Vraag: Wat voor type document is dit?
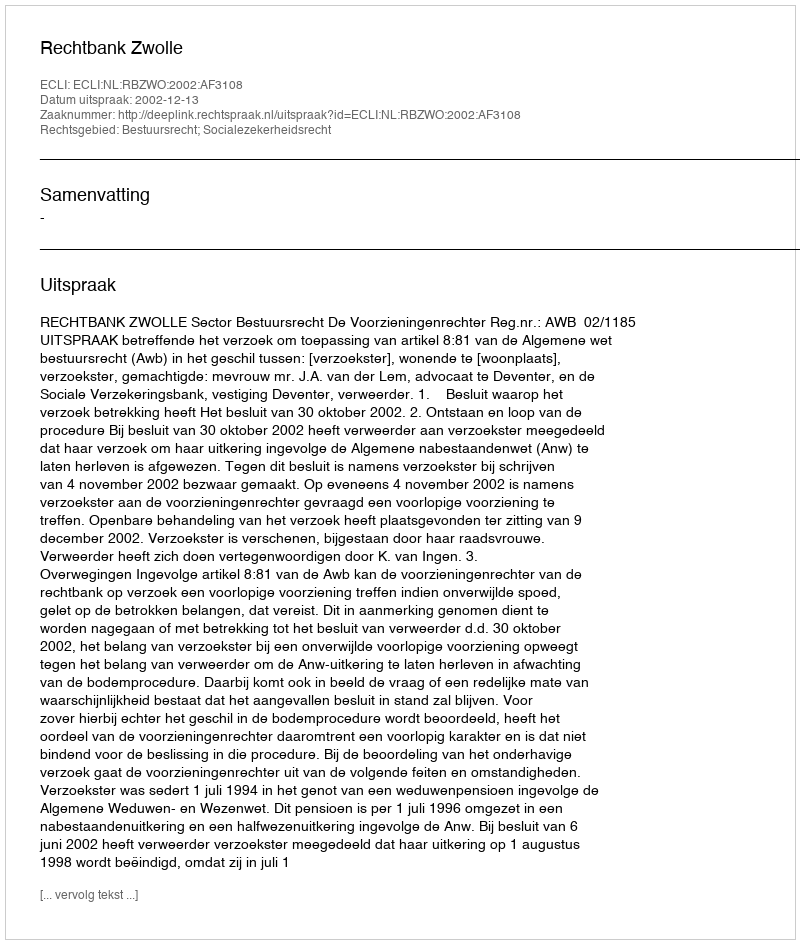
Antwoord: Uitspraak